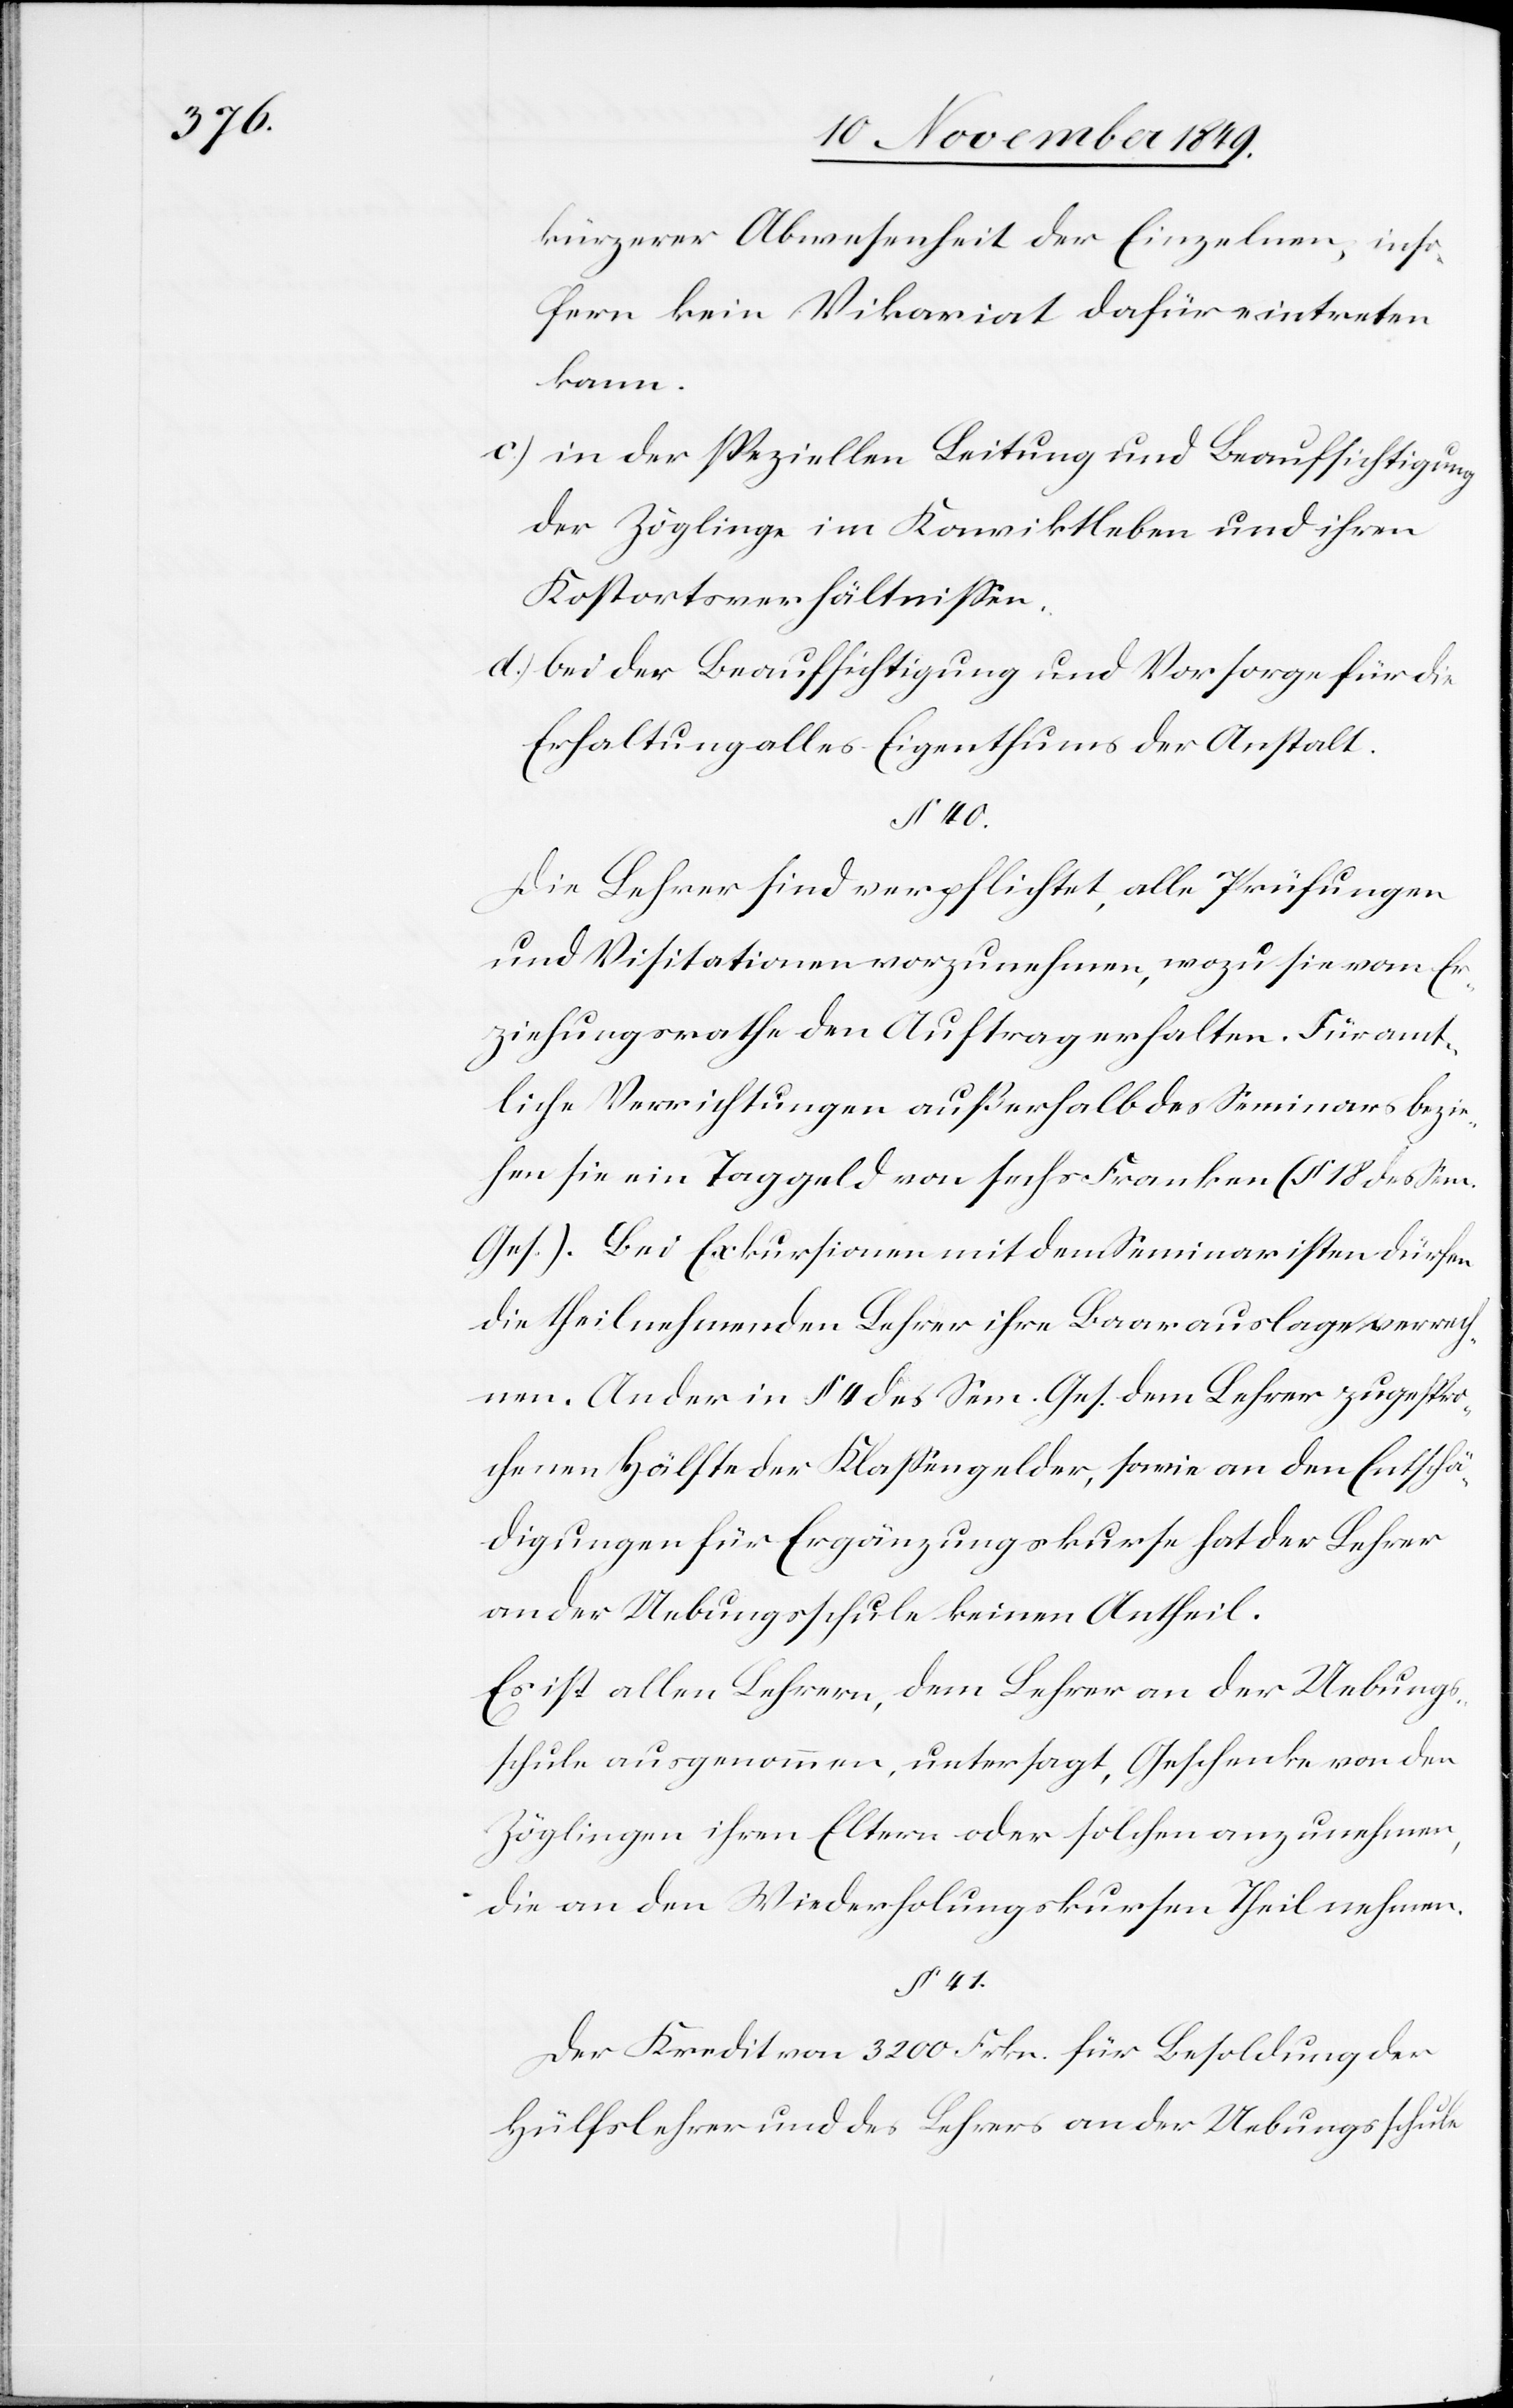
kürzerer Abwesenheit der Einzelnen, inso¬
fern kein Vikariat dafür eintreten
kann.
c.) in der speziellen Leitung und Beaufsichtigung
der Zöglinge im Konviktleben und ihren
Kostortsverhältnißen.
d.) bei der Beaufsichtigung und Vorsorge für die
Erhaltung alles Eigenthums der Anstalt.
§ 40.
Die Lehrer sind verpflichtet, alle Prüfungen
und Visitationen vorzunehmen, wozu sie vom Er¬
ziehungsrathe den Auftrag erhalten. Für amt¬
liche Verrichtungen außerhalb des Seminars bezie¬
hen sie ein Taggeld von sechs Franken (§ 18 des Sem.
Ges.) Bei Exkursionen mit dem Seminaristen dürfen
die theilnehmenden Lehrer ihre Baarauslagen verrech¬
nen. An der in § 4 des Sem. Ges. dem Lehrer zugespro¬
chenen Hälfte der Klaßengelder, sowie an den Entschä¬
digungen für Ergänzungskurse hat der Lehrer
an der Uebungsschule keinen Antheil.
Es ist allen Lehrern, dem Lehrer an der Uebungs¬
schule ausgenommen, untersagt, Geschenke von den
Zöglingen ihren Eltern oder solchen anzunehmen,
die an den Wiederholungskursen Theil nehmen.
§ 41.
Der Kredit von 3200 Frkn. für Besoldung der
Hülfslehrer und des Lehrers an der Uebungsschule